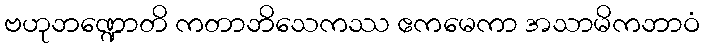
ဗဟုဘဏ္ဍောတိ ကတာဘိသေကဿ ဧကမေကာ အသာမိကဘာဝံ